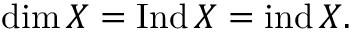
\dim X = \operatorname { I n d } X = \operatorname { i n d } X .